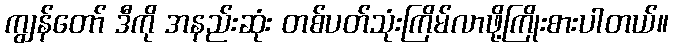
ကျွန်တော် ဒီကို အနည်းဆုံး တစ်ပတ်သုံးကြိမ်လာဖို့ကြိုးစားပါတယ်။